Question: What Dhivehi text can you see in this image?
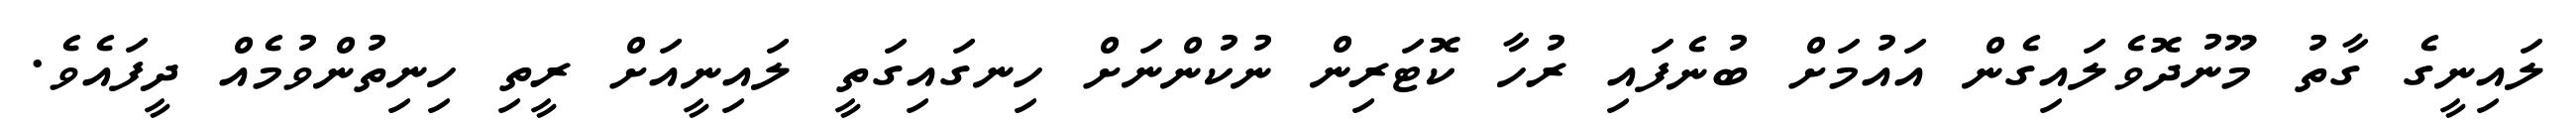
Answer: ލައިނީގެ ގާތު މޫނުދޮވެލައިގެން އައުމަށް ބުނެފައި ރުހާ ކޮޓަރިން ނުކުންނަށް ހިނގައިގަތީ ލައިނީއަށް ރީތި ހިނިތުންވުމެއް ދީފައެވެ.